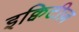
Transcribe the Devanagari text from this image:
इक्विटीज़